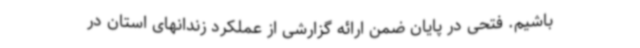
باشیم. فتحی در پایان ضمن ارائه گزارشی از عملکرد زندانهای استان در